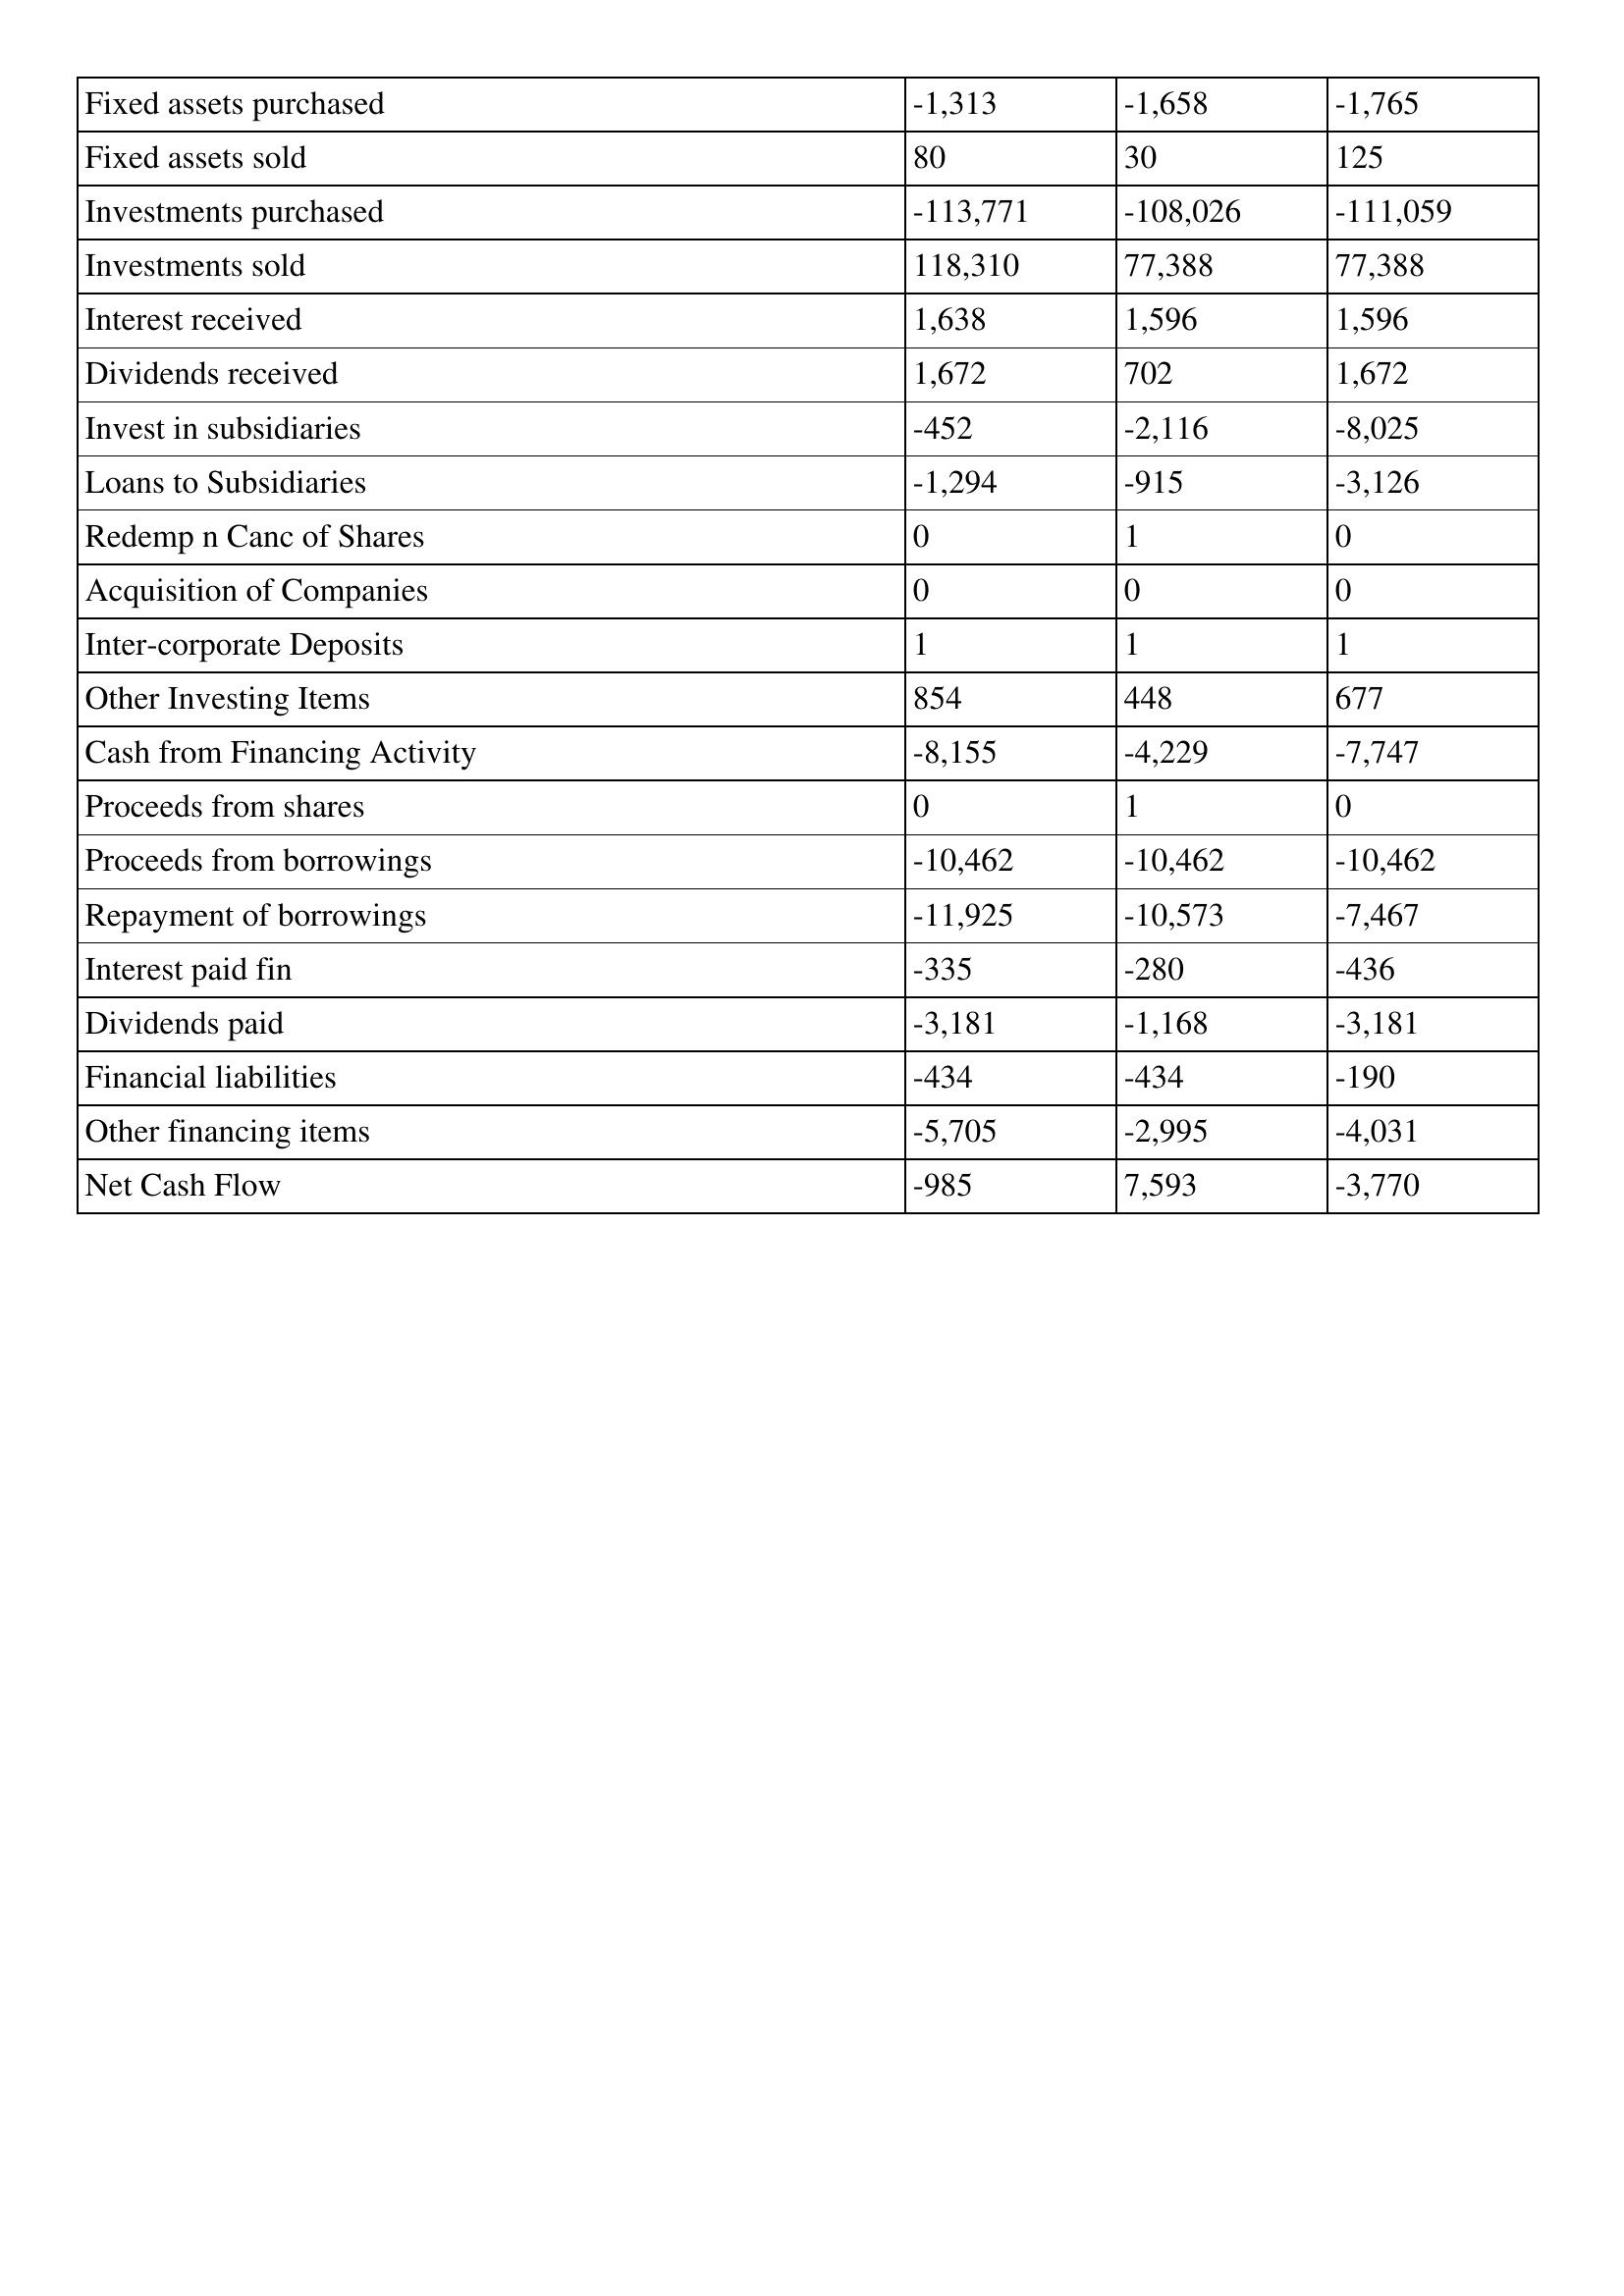
gt_parse: 2019: Cash Flows: Fixed assets purchased: -1,313
Fixed assets sold: 80
Investments purchased: -113,771
Investments sold: 118,310
Interest received: 1,638
Dividends received: 1,672
Invest in subsidiaries: -452
Loans to Subsidiaries: -1,294
Redemp n Canc of Shares: 0
Acquisition of Companies: 0
Inter-corporate Deposits: 1
Other Investing Items: 854
Cash from Financing Activity: -8,155
Proceeds from shares: 0
Proceeds from borrowings: -10,462
Repayment of borrowings: -11,925
Interest paid fin: -335
Dividends paid: -3,181
Financial liabilities: -434
Other financing items: -5,705
Net Cash Flow: -985
2018: Cash Flows: Fixed assets purchased: -1,658
Fixed assets sold: 30
Investments purchased: -108,026
Investments sold: 77,388
Interest received: 1,596
Dividends received: 702
Invest in subsidiaries: -2,116
Loans to Subsidiaries: -915
Redemp n Canc of Shares: 1
Acquisition of Companies: 0
Inter-corporate Deposits: 1
Other Investing Items: 448
Cash from Financing Activity: -4,229
Proceeds from shares: 1
Proceeds from borrowings: -10,462
Repayment of borrowings: -10,573
Interest paid fin: -280
Dividends paid: -1,168
Financial liabilities: -434
Other financing items: -2,995
Net Cash Flow: 7,593
2017: Cash Flows: Fixed assets purchased: -1,765
Fixed assets sold: 125
Investments purchased: -111,059
Investments sold: 77,388
Interest received: 1,596
Dividends received: 1,672
Invest in subsidiaries: -8,025
Loans to Subsidiaries: -3,126
Redemp n Canc of Shares: 0
Acquisition of Companies: 0
Inter-corporate Deposits: 1
Other Investing Items: 677
Cash from Financing Activity: -7,747
Proceeds from shares: 0
Proceeds from borrowings: -10,462
Repayment of borrowings: -7,467
Interest paid fin: -436
Dividends paid: -3,181
Financial liabilities: -190
Other financing items: -4,031
Net Cash Flow: -3,770